Indian Medical Review
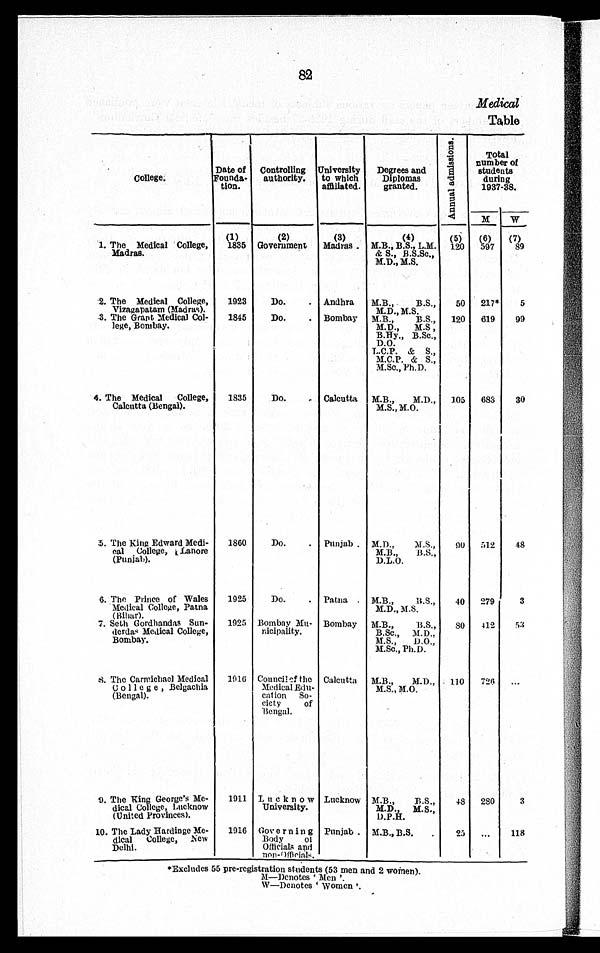
82
Medical
Table
College.
Date of
Founda-
tion.
Controlling
authority.
University
to which
affiliated.
Degrees and
Diplomas
granted
A n n u a l a d m i s s i o n s
Total
number of
students
during
1937-38.
M
W
(1)
(2)
(3)
(4)
(5)
(6)
(7)
1. The Medical College,
Madras.
1835 Government
Madras
M.B., B.S., L.M.
& S., B.S.Sc.,
M.D., M.S.
120
597
89
2. The Medical College,
Vizagapatam (Madras).
1923
Do.
Andhra
M.B., B.S.,
M.D., M.S.
50
217*
5
3. The Grant Medical Col
lege, Bombay.
1845
Do.
Bombay M.B., B.S.,
M.D., M.S ,
B.Hy., B.Sc.,
D.O.
,.C.P. & S.,
M.C.P. & S.,
M.Sc., Ph.D.
120
619
99
4. The Medical College,
Calcutta (Bengal).
1835
Do.
Calcutta M.B., M.D.,
M.S., M.O.
105
683
30
5. The King Edward Medi
cal College, Lanore
(Punjab).
1860
Do.
Punjab
M.D., M.S.,
M.B., B.S.,
D.L.O.
9
0
512
48
6. The Prince of Wales
Medical College, Patna
(Bihar).
1925
Do.
Patna . M.B., B.S.,
M.D.,M. S.
40
279
3
7. Seth Gordhandas Sun
derdas Medical College,
Bombay.
1925 Bombay Mu
nicipality.
Bombay M.B., B.S.,
B.Sc., M.D.,
M.S., D.O.,
M.Sc., Ph.D.
8
0
412
53
8. The Carmichael Medical
College, Belgachia
(Bengal).
1016 Council of the
Medical Edu
cation So
ciety of
Bengal.
Calcutta M.B., M.D.,
M.S., M.O.
110
726
9
. The King George's Me
dical College, Lucknow
Provinces)
1911 Lucknow
University.
Lucknow M.B. B.S.,
M.D. M.S.,
D.P.H.
48
280
3
10. The lady Hardinge Me
dical College, New
Delhi.
1916 Governing
Body
of Officials and
non-Officials,
Punjab
M.B., B.S.
25
118
*Excludes 55 pre-registration students (53 men and 2 women).
M—Denotes ‘Men’.
W—Denotes ‘Women’.